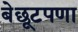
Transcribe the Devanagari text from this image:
बेछूटपणा